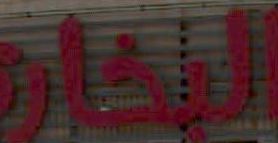
الآثار